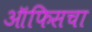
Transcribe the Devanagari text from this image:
ऑफिसचा